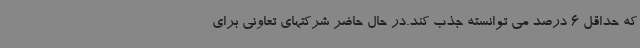
که حداقل 6 درصد می توانسته جذب کند.در حال حاضر شرکتهای تعاونی برای